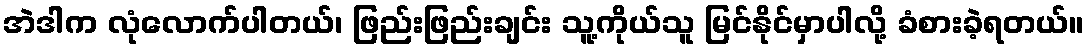
အဲဒါက လုံလောက်ပါတယ်၊ ဖြည်းဖြည်းချင်း သူ့ကိုယ်သူ မြင်နိုင်မှာပါလို့ ခံစားခဲ့ရတယ်။